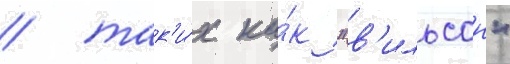
/ так'и́х ка́к "в'ильсон"